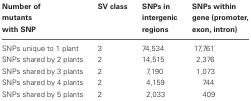
<table><thead><tr><td><b>Number of mutants with SNP</b></td><td><b>SV class</b></td><td><b>SNPs in intergenic regions</b></td><td><b>SNPs within gene (promoter, exon, intron)</b></td></tr></thead><tbody><tr><td>SNPs unique to 1 plant</td><td>3</td><td>74,534</td><td>17,761</td></tr><tr><td>SNPs shared by 2 plants</td><td>2</td><td>14,515</td><td>2,376</td></tr><tr><td>SNPs shared by 3 plants</td><td>2</td><td>7,190</td><td>1,073</td></tr><tr><td>SNPs shared by 4 plants</td><td>2</td><td>4,159</td><td>744</td></tr><tr><td>SNPs shared by 5 plants</td><td>2</td><td>2,033</td><td>409</td></tr></tbody></table>